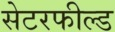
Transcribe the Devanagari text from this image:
सेटरफील्ड